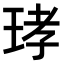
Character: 𤥝